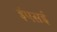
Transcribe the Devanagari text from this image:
ईएसई